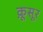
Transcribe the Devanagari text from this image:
क़ूसूर